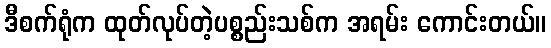
ဒီစက်ရုံက ထုတ်လုပ်တဲ့ပစ္စည်းသစ်က အရမ်း ကောင်းတယ်။